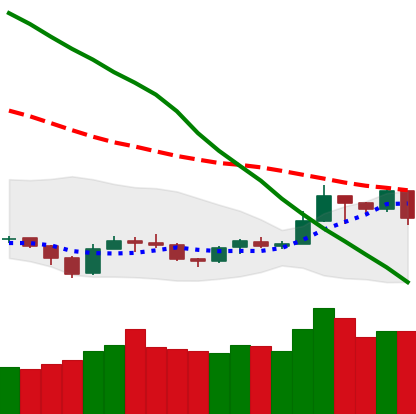
Ticker: TRX-USD
Chart end date: 2019-09-22
Forward return: -18.61%
Label: down_7plus